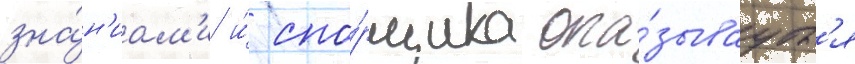
зна́н'иам'и и́ спо́рщика ока́зываутс'я